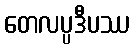
တေလပ္ပဒီပဿ